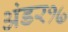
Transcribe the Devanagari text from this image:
अंडर१७